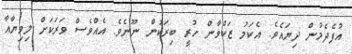
އުފެދެމުން ދިޔައެވެ. އެކަމު ޒަކްވާން ހުރީ ބިރަކުން ނޫނެވެ. އެއްވެސް ވަރަކަށް ލިވިޔާއާ